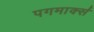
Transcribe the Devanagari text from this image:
पगमार्क्स